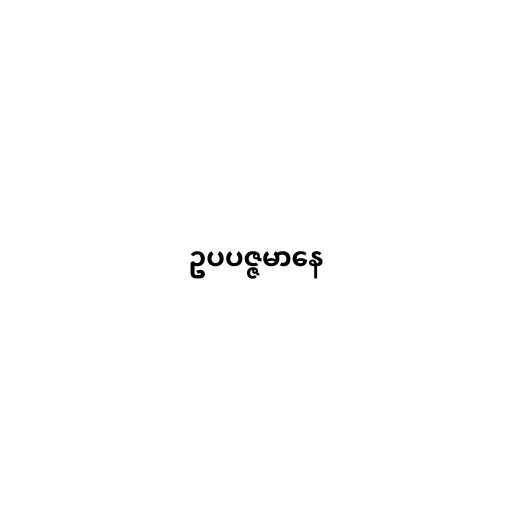
ဥပပဇ္ဇမာနေ